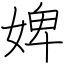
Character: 婢